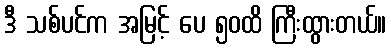
ဒီ သစ်ပင်က အမြင့် ပေ ၅၀ထိ ကြီးထွားတယ်။